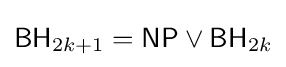
{\mathsf {BH}}_{2k+1}={\mathsf {NP}}\vee {\mathsf {BH}}_{2k}